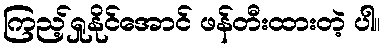
ကြည့်ရှုနိုင်အောင် ဖန်တီးထားတဲ့ ပါ။